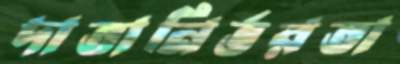
দাতানির্ভরতা